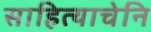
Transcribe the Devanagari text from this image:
साहित्याचेनि